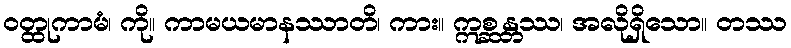
ဝတ္ထုကာမံ၊ ကို။ ကာမယမာနဿာတိ၊ ကား။ ဣစ္ဆန္တဿ၊ အလိုရှိသော။ တဿ